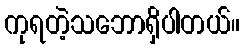
ကုရတဲ့သဘောရှိပါတယ်။